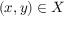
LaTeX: ( x , y ) \in X